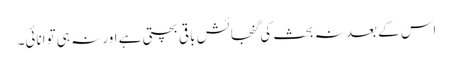
اس کے بعد نہ بحث کی گنجائش باقی بچتی ہے اور نہ ہی توانائی۔